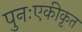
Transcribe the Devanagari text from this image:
पुनःएकीकृत